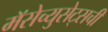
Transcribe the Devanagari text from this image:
मॅसेच्युसेट्सची